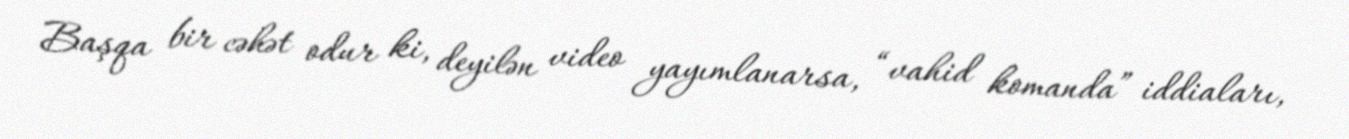
Başqa bir cəhət odur ki, deyilən video yayımlanarsa, “vahid komanda” iddiaları,